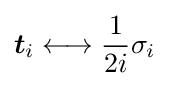
{\boldsymbol {t}}_{i}\longleftrightarrow {\frac {1}{2i}}\sigma _{i}